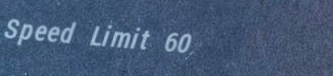
Speed Limit 60